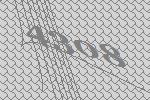
4308